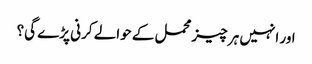
اور انہیں ہر چیز محمل کے حوالے کرنی پڑے گی؟